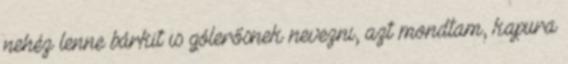
nehéz lenne bárkit is gólerősnek nevezni, azt mondtam, kapura